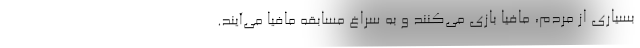
بسیاری از مردم، مافیا بازی می‌کنند و به سراغ مسابقه مافیا می‌آیند.